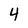
Character: 4